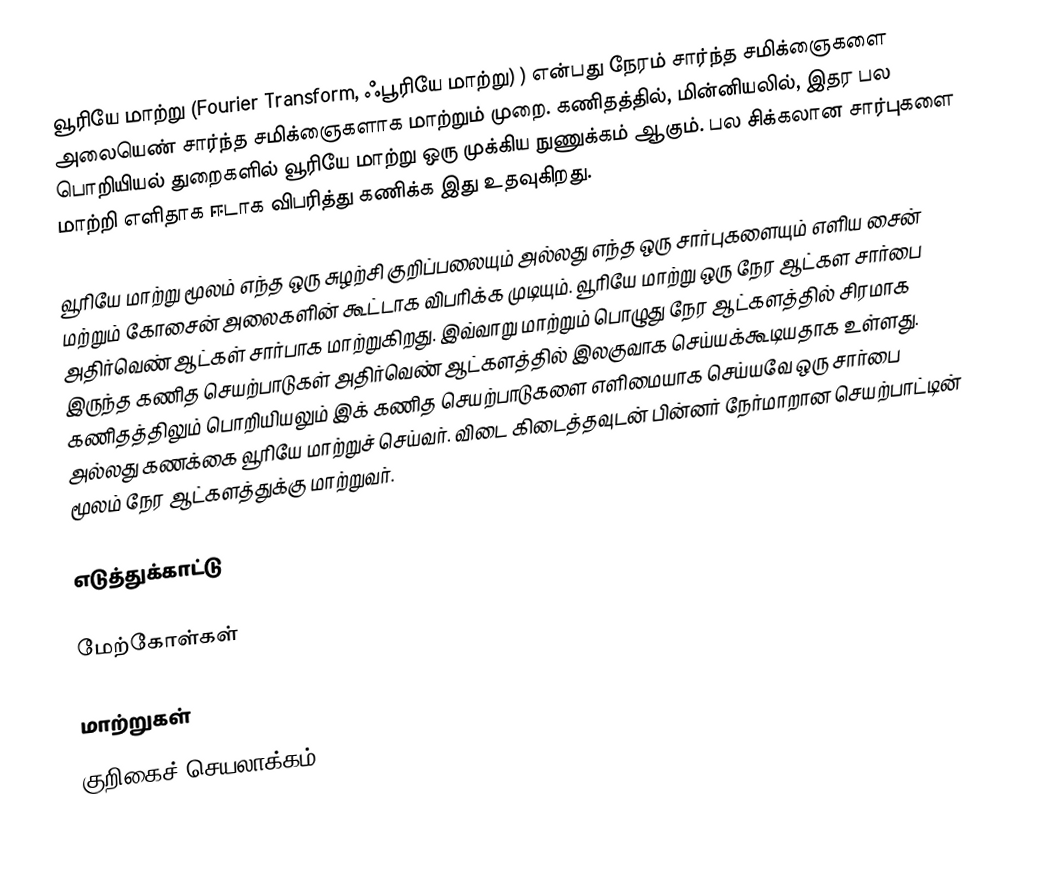
வூரியே மாற்று (Fourier Transform, ஃபூரியே மாற்று) ) என்பது நேரம் சார்ந்த சமிக்ஞைகளை அலையெண் சார்ந்த சமிக்ஞைகளாக மாற்றும் முறை. கணிதத்தில், மின்னியலில், இதர பல பொறியியல் துறைகளில் வூரியே மாற்று ஒரு முக்கிய நுணுக்கம் ஆகும். பல சிக்கலான சார்புகளை மாற்றி எளிதாக ஈடாக விபரித்து கணிக்க இது உதவுகிறது.

வூரியே மாற்று மூலம் எந்த ஒரு சுழற்சி குறிப்பலையும் அல்லது எந்த ஒரு சார்புகளையும் எளிய சைன் மற்றும் கோசைன் அலைகளின் கூட்டாக விபரிக்க முடியும். வூரியே மாற்று ஒரு நேர ஆட்கள சார்பை அதிர்வெண் ஆட்கள் சார்பாக மாற்றுகிறது. இவ்வாறு மாற்றும் பொழுது நேர ஆட்களத்தில் சிரமாக இருந்த கணித செயற்பாடுகள் அதிர்வெண் ஆட்களத்தில் இலகுவாக செய்யக்கூடியதாக உள்ளது. கணிதத்திலும் பொறியியலும் இக் கணித செயற்பாடுகளை எளிமையாக செய்யவே ஒரு சார்பை அல்லது கணக்கை வூரியே மாற்றுச் செய்வர். விடை கிடைத்தவுடன் பின்னர் நேர்மாறான செயற்பாட்டின் மூலம் நேர ஆட்களத்துக்கு மாற்றுவர்.

எடுத்துக்காட்டு

மேற்கோள்கள்

மாற்றுகள்
குறிகைச் செயலாக்கம்